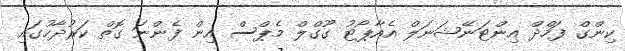
ކިންގް ފަހްދް އިންޓަނޭޝަނަލް އެއާޕޯޓު ގޫގްލް މެޕްސް އިން ފެންނަ ގޮތް ކަރުދާހުގައި